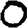
Digit: 0